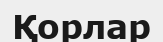
Қорлар